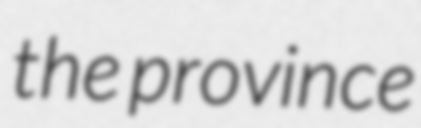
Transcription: the province